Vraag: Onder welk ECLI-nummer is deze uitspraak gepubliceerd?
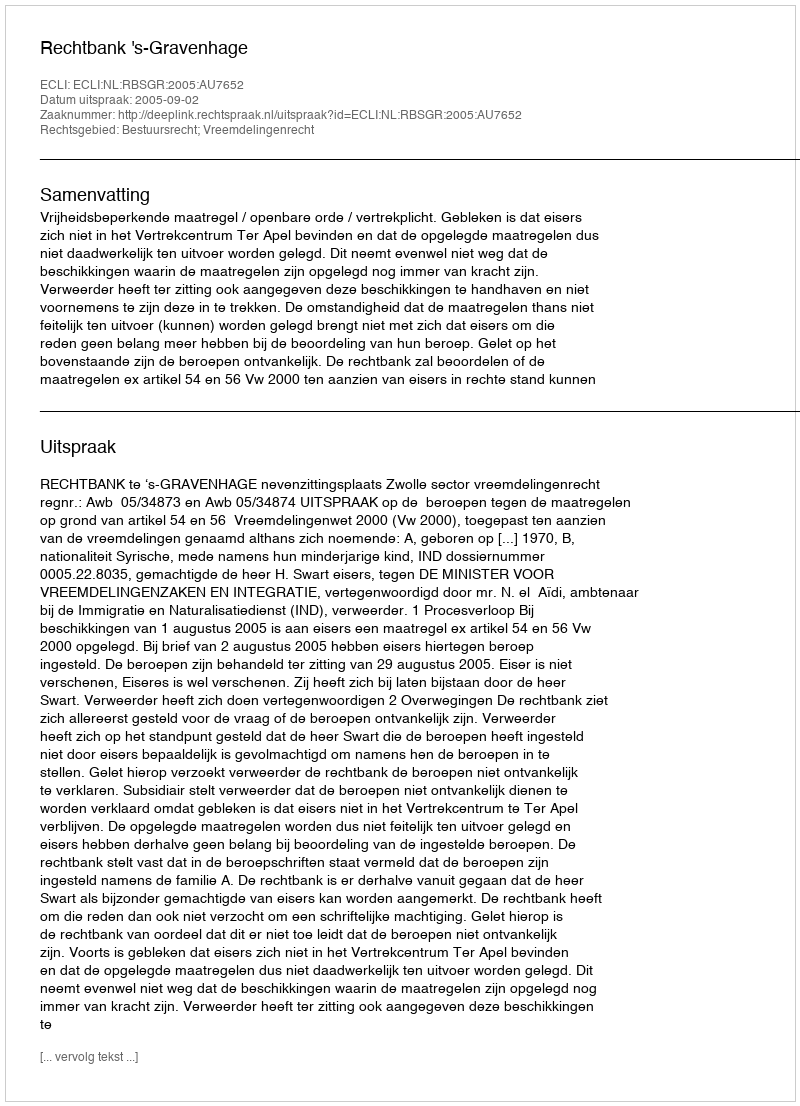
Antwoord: ECLI:NL:RBSGR:2005:AU7652